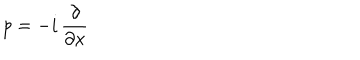
p = - i \, \frac { \partial } { \partial x } \hspace { 3 c m } \mathrm { }